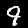
Digit: 9